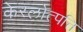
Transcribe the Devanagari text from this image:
केरलोत्पत्ति